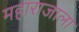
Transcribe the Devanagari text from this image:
महाराजाला